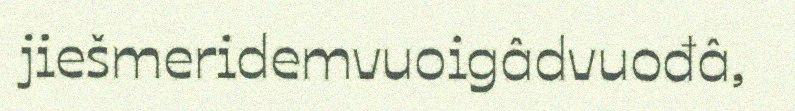
jiešmeridemvuoigâdvuođâ,